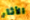
الأثار